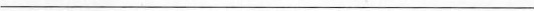
___